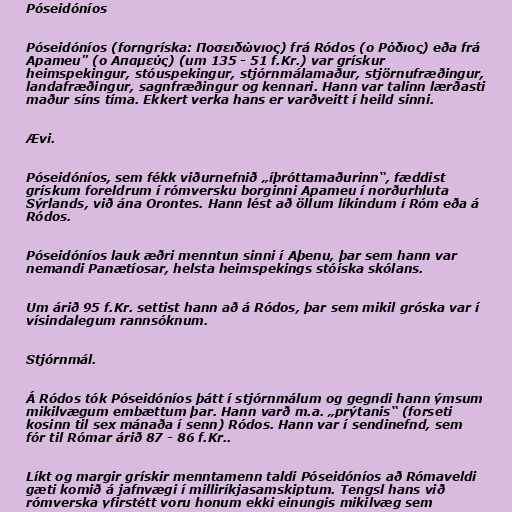
Póseidóníos

Póseidóníos (forngríska: Ποσειδώνιος) frá Ródos (ο Ρόδιος) eða frá
Apameu" (ο Απαμεύς) (um 135 - 51 f.Kr.) var grískur
heimspekingur, stóuspekingur, stjórnmálamaður, stjörnufræðingur,
landafræðingur, sagnfræðingur og kennari. Hann var talinn lærðasti
maður síns tíma. Ekkert verka hans er varðveitt í heild sinni.

Ævi.

Póseidóníos, sem fékk viðurnefnið „íþróttamaðurinn“, fæddist
grískum foreldrum í rómversku borginni Apameu í norðurhluta
Sýrlands, við ána Orontes. Hann lést að öllum líkindum í Róm eða á
Ródos.

Póseidóníos lauk æðri menntun sinni í Aþenu, þar sem hann var
nemandi Panætíosar, helsta heimspekings stóíska skólans.

Um árið 95 f.Kr. settist hann að á Ródos, þar sem mikil gróska var í
vísindalegum rannsóknum.

Stjórnmál.

Á Ródos tók Póseidóníos þátt í stjórnmálum og gegndi hann ýmsum
mikilvægum embættum þar. Hann varð m.a. „prýtanis“ (forseti
kosinn til sex mánaða í senn) Ródos. Hann var í sendinefnd, sem
fór til Rómar árið 87 - 86 f.Kr..

Líkt og margir grískir menntamenn taldi Póseidóníos að Rómaveldi
gæti komið á jafnvægi í milliríkjasamskiptum. Tengsl hans við
rómverska yfirstétt voru honum ekki einungis mikilvæg sem